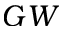
G W